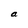
Character: a